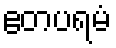
ဧတပရမံ